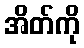
အိတ်ကို